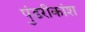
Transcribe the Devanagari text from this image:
पुंडरीकांश